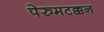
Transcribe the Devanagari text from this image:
पेरुमटक्कन